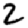
Digit: 2